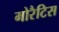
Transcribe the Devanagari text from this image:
मोरैटिस